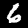
Digit: 6